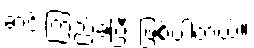
ဆင်းကြည့်ခဲ့ပြီး ဖြစ်ပါတယ်။